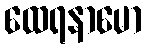
ထေရနာမော